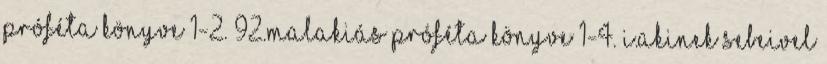
próféta könyve 1-2. 92.Malakiás próféta könyve 1-4. I.Akinek sebeivel